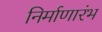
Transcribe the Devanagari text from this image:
निर्माणारंभ